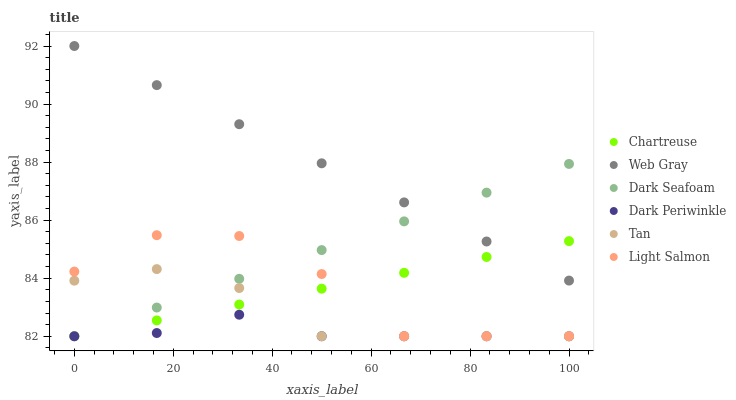
| xaxis_label | Chartreuse | Web Gray | Dark Seafoam | Dark Periwinkle | Tan | Light Salmon |
 | --- | --- | --- | --- | --- | --- | --- |
 | 0 | 82 | 92 | 82 | 82 | 83.9 | 84.2 |
 | 16.7 | 82.5 | 90.7 | 83 | 82.1 | 84.3 | 85.5 |
 | 33.3 | 83.1 | 89.3 | 84 | 82.7 | 83.7 | 85.5 |
 | 50 | 83.6 | 88 | 85 | 82 | 82 | 84.1 |
 | 66.7 | 84.2 | 86.6 | 86 | 82 | 82 | 82 |
 | 83.3 | 84.7 | 85.3 | 86.9 | 82 | 82 | 82 |
 | 100 | 85.3 | 83.9 | 87.9 | 82 | 82 | 82 |